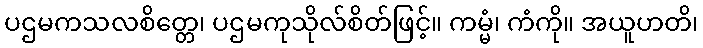
ပဌမကသလစိတ္တေ၊ ပဌမကုသိုလ်စိတ်ဖြင့်။ ကမ္မံ၊ ကံကို။ အယူဟတိ၊